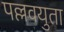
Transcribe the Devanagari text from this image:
पल्लवयुता